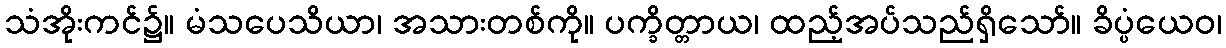
သံအိုးကင်၌။ မံသပေသိယာ၊ အသားတစ်ကို။ ပက္ခိတ္တာယ၊ ထည့်အပ်သည်ရှိသော်။ ခိပ္ပံယေဝ၊